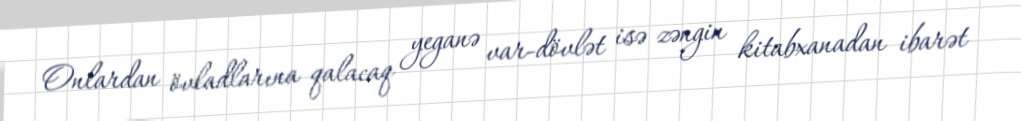
Onlardan övladlarına qalacaq yeganə var-dövlət isə zəngin kitabxanadan ibarət